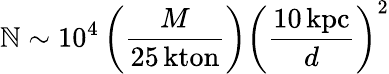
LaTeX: \mathbb{N}\sim10^{4}\left({\frac{{M}}{{25\, \mathrm{{kton}}}}}\right)\left({\frac{{10\, \mathrm{{kpc}}}}{{d}}}\right)^{2}